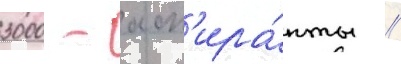
3000 - асп'ира́нты //